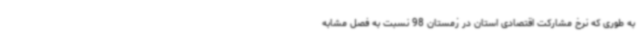
به طوری که نرخ مشارکت اقتصادی استان در زمستان 98 نسبت به فصل مشابه